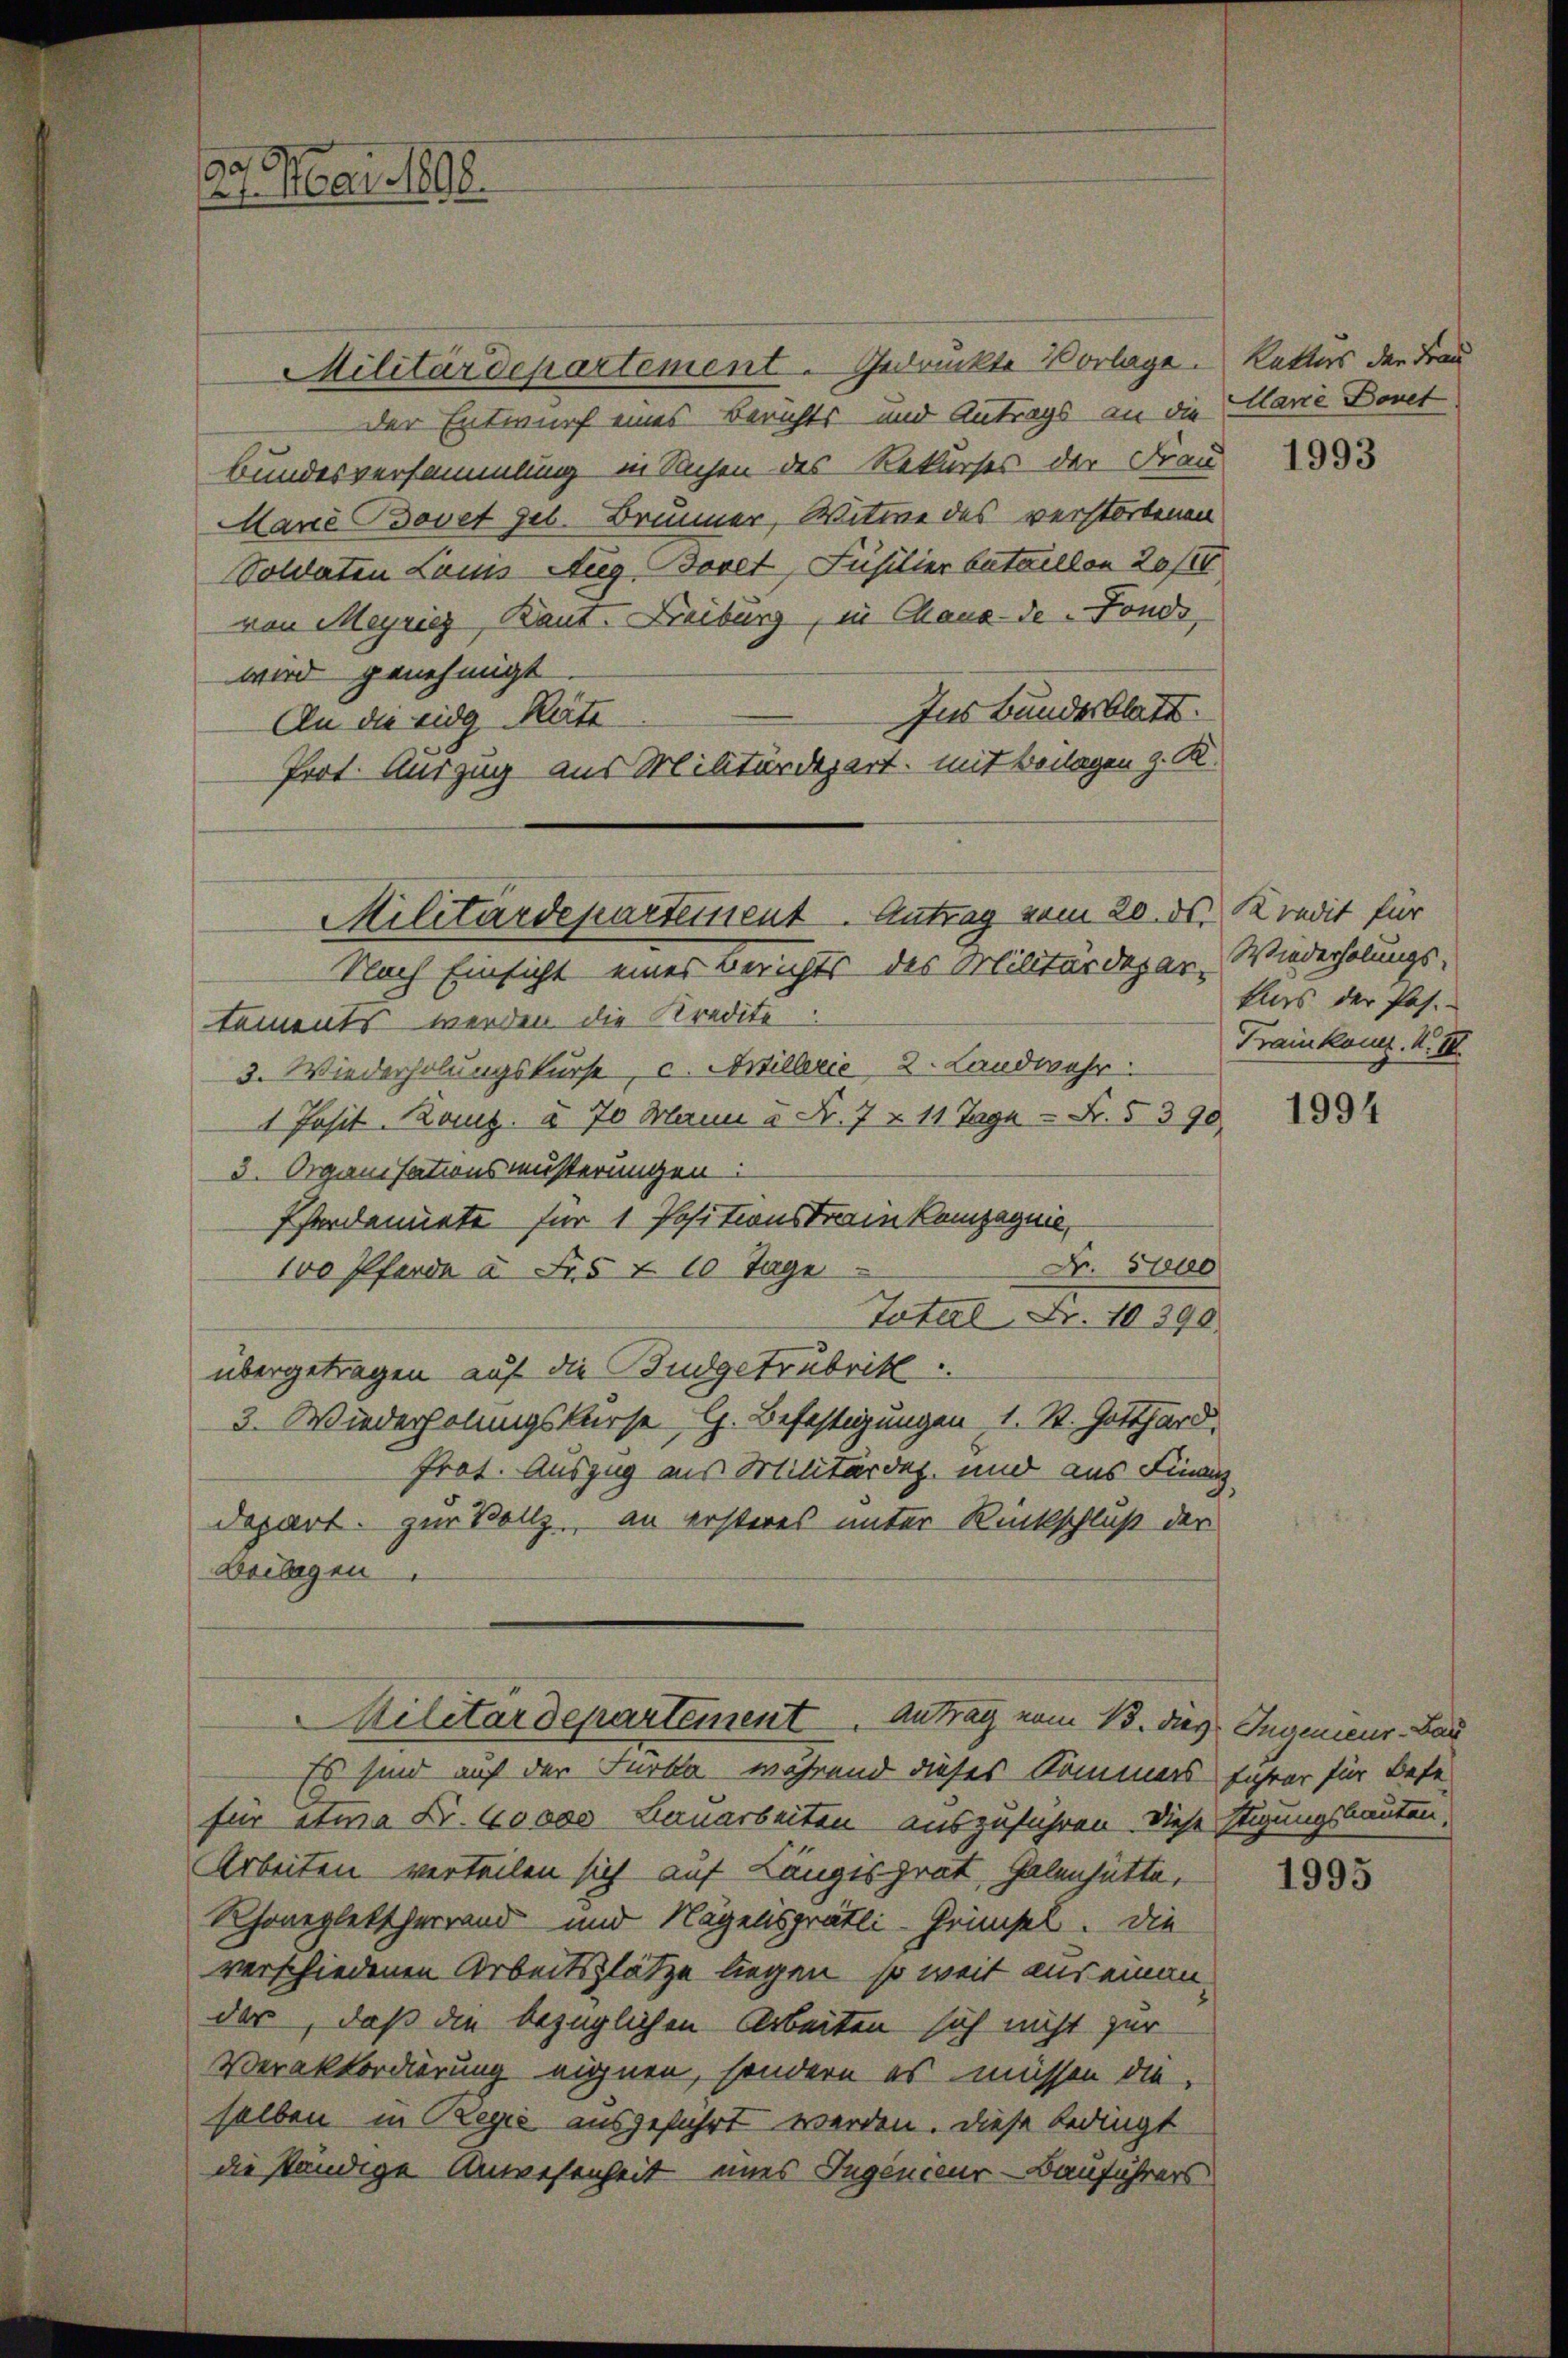
0
21. Mai 1808.

Militärdepartement. Gedrückte Vorlage. Rettus der Frau
Der Entwurf eines Berichts und Antrags an die Marie Bovet
Bundesversammlung in Sachen des Rekurses der Frau
Mane Bovet geb. Brunner, Witwe des verstorbenen
Soldaten Lauis Aug. Bovet, Füsilier bataillon 20/II
von Meyriez, Baut. Freiburg, in Maux-de-Fonds,
wird genehmigt.
Ins Bundesblatt.
An die eidg Räte
Prot. Auszug aus Militärdepart, mit Beilagen z. K.
Nach Einsicht eines Berichts des Militärdepar- Wiederholungs-
tements werden die Kredito
3. Wiederholungskurse, c. Artillerie, 2. Landwahr
 Posit. Kanz. u. 70 Mann u Fr. 7 § 11 Tage - Fr. 5390
3. Organisations müsserungen:
Pferdemiete für 1 Positionstram kompagnie,
Dr. Sie
100 Pferde u. Fr. 5 § 10 Tage
Taterl, Fr. 10390
übergetragen auf die Budgetrubrik
3. Wiederholungskurse, G. Befestigungen 1. St. Gotthard.
frot. Auszug aus Militärdep. und aus Finanz
depart. zur Bollz, an ersteres unter Rückschluß der
Beilagen
Militärdepartement. Antrag vom 13. dies Ingenieur-Bau
Es sind auf der Furka, während dieses Kommers führer für Bese
für etwa Fr. 60000 Lauarbeiten auszuführen. Diese Etigungsbauten,
Arbeiten verteilen sich auf Langis Grat, Gelenhütte,
Rhonegleitherrend und Nägelisgrätli-Grimsel. Die
verschiedenen Arbeitsplätze liegen, so weit aus einen
der, daß die bezüglichen Arbeiten sich nicht zur
Verakkordirung eignen, sondern es müssen die
selben in Regić ausgeführt werden. Diese bedingt
die ständige Anwesenheit eines Ingenieur-Bauführers

Militärdepartement. Antrag vom 20. ds Kredit für

1993

kurs der Pas.-
Frankam. K. II.

1994

1995